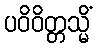
ပဝိဝိတ္တသ္မိံ